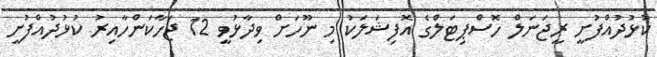
ކުޅުދުއްފުށީ ރީޖަނަލް ހޮސްޕިޓަލްގެ އޮފިޝަލަކު މި ނޫހަށް ވިދާޅުވީ 12 ޖަހާކަންހާއިރު ކުޅުދުއްފުށީ